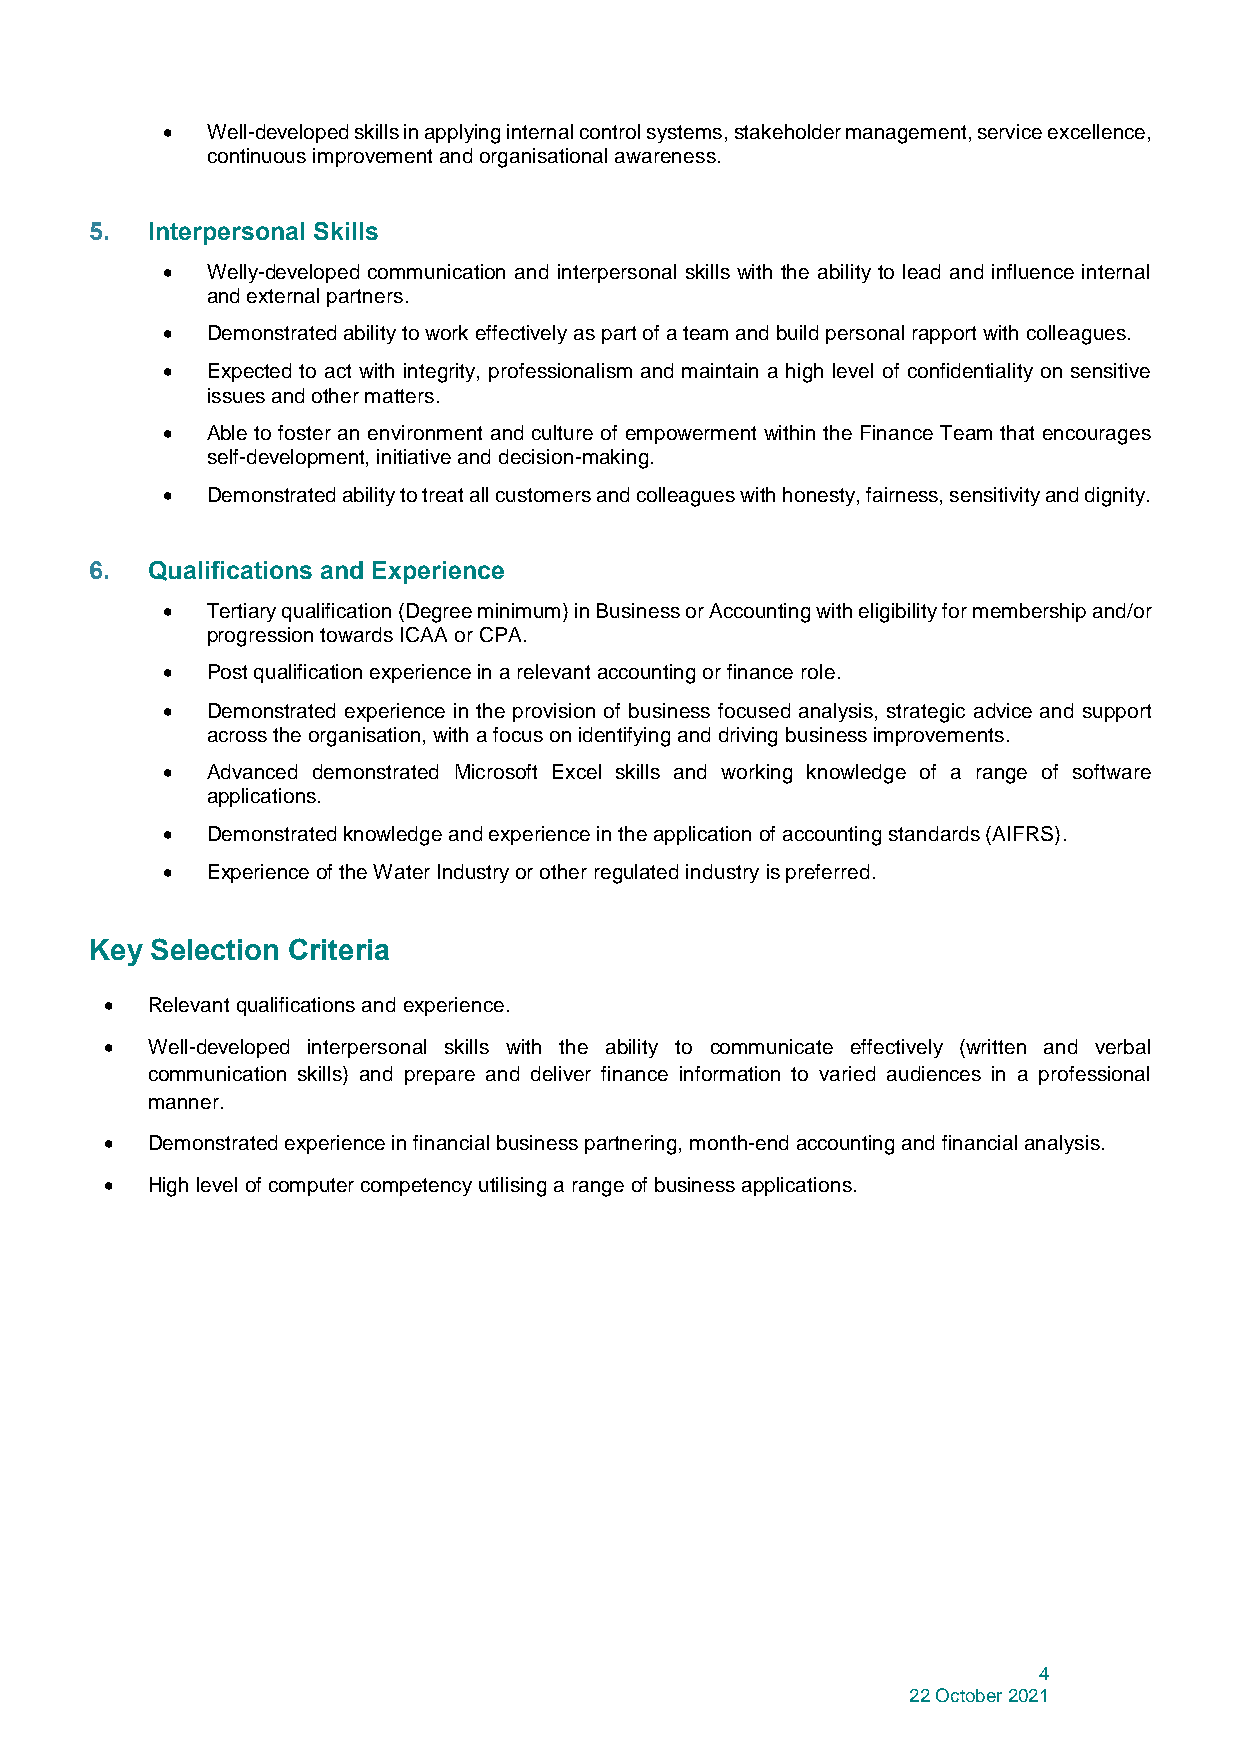
•  Well-developed skills in applying internal control systems, stakeholder management, service excellence,
 continuous improvement and organisational awareness.
 5.  Interpersonal Skills
 •  Welly-developed communication and interpersonal skills with the ability to lead and influence internal
 and external partners.
 •  Demonstrated ability to work effectively as part of a team and build personal rapport with colleagues.
 •  Expected to act with integrity, professionalism and maintain a high level of confidentiality on sensitive
 issues and other matters.
 •  Able to foster an environment and culture of empowerment within the Finance Team that encourages
 self-development, initiative and decision-making.
 •  Demonstrated ability to treat all customers and colleagues with honesty, fairness, sensitivity and dignity.
 6.  Qualifications and Experience
 •  Tertiary qualification (Degree minimum) in Business or Accounting with eligibility for membership and/or
 progression towards ICAA or CPA.
 •  Post qualification experience in a relevant accounting or finance role.
 •  Demonstrated experience in the provision of business focused analysis, strategic advice and support
 across the organisation, with a focus on identifying and driving business improvements.
 •  Advanced demonstrated Microsoft Excel skills and working knowledge of a range of software
 applications.
 •  Demonstrated knowledge and experience in the application of accounting standards (AIFRS).
 •  Experience of the Water Industry or other regulated industry is preferred.
 Key Selection Criteria
 •  Relevant qualifications and experience.
 •  Well-developed interpersonal skills with the ability to communicate effectively (written and verbal
 communication skills) and prepare and deliver finance information to varied audiences in a professional
 manner.
 •  Demonstrated experience in financial business partnering, month-end accounting and financial analysis.
 •  High level of computer competency utilising a range of business applications.
 4
 22 October 2021